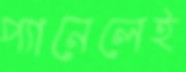
প্যানেলেই